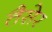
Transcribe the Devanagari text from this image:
तैसेर